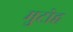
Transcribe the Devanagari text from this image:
मुटोह